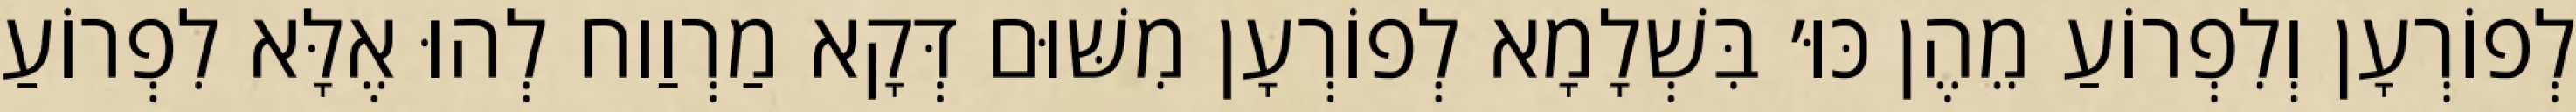
לְפוֹרְעָן וְלִפְרוֹעַ מֵהֶן כּוּ׳ בִּשְׁלָמָא לְפוֹרְעָן מִשּׁוּם דְּקָא מַרְוַוח לְהוּ אֶלָּא לִפְרוֹעַ